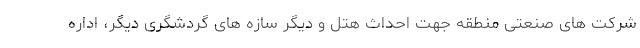
شرکت های صنعتی منطقه جهت احداث هتل و دیگر سازه های گردشگری دیگر، اداره